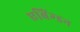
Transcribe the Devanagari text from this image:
एबिंग्डन